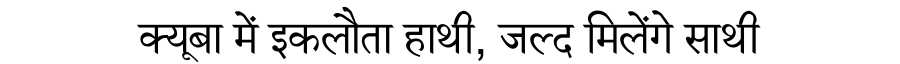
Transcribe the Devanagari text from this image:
क्यूबा में इकलौता हाथी, जल्द मिलेंगे साथी